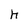
Character: h